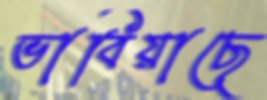
ভাবিয়াছে